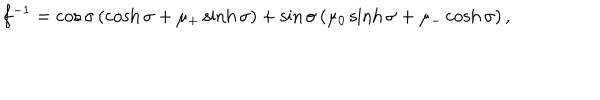
f ^ { - 1 } = \cos \sigma \left( \cosh \sigma + \mu _ { + } \sinh \sigma \right) + \sin \sigma \left( \mu _ { 0 } \sinh \sigma + \mu _ { - } \cosh \sigma \right) ,